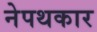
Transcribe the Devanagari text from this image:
नेपथकार